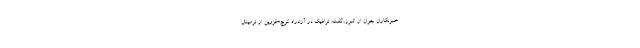
خبرنگاران جوان از البرز،گفت: ترافیک در آزادراه کرج-قزوین از ترمینال